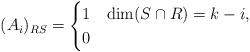
LaTeX: \begin{align*} (A_i)_{RS} = \begin{cases} 1 & \dim(S \cap R) = k - i,\\ 0 & \end{cases}\end{align*}